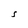
Character: S